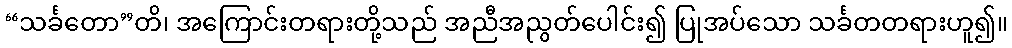
“သင်္ခတော”တိ၊ အကြောင်းတရားတို့သည် အညီအညွတ်ပေါင်း၍ ပြုအပ်သော သင်္ခတတရားဟူ၍။